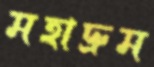
মহাদ্রুম